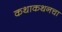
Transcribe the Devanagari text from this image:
कथाकथनचा